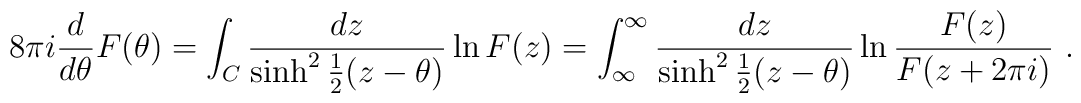
8\pi i \frac{d}{d\theta} F(\theta ) =\int_C \frac{dz}{\sinh^2 {\frac{1}{2} (z - \theta)}} \ln F(z)=\int^\infty_\infty \frac{dz}{\sinh^2 {\frac{1}{2} (z - \theta)}}\ln {\frac{F(z)}{F(z+2\pi i)}} \ .